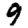
Digit: 9